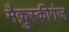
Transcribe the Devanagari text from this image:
मैक्लुस्कीगंज